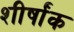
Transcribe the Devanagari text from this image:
शीर्षांक